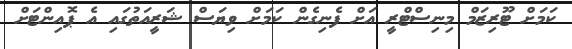
ކަމަށް ޓޫރިޒަމް މިނިސްޓްރީ އަށް ފެނިގެން ކަމަށް ވިޔަސް ޝަރީއަތުގައި އެ ޕޮއިންޓަށް